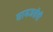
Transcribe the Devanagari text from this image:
सामजसेवी